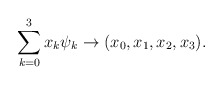
\begin{align*} \sum_{k=0}^3 x_k\psi_k \rightarrow (x_0,x_1,x_2,x_3).\end{align*}